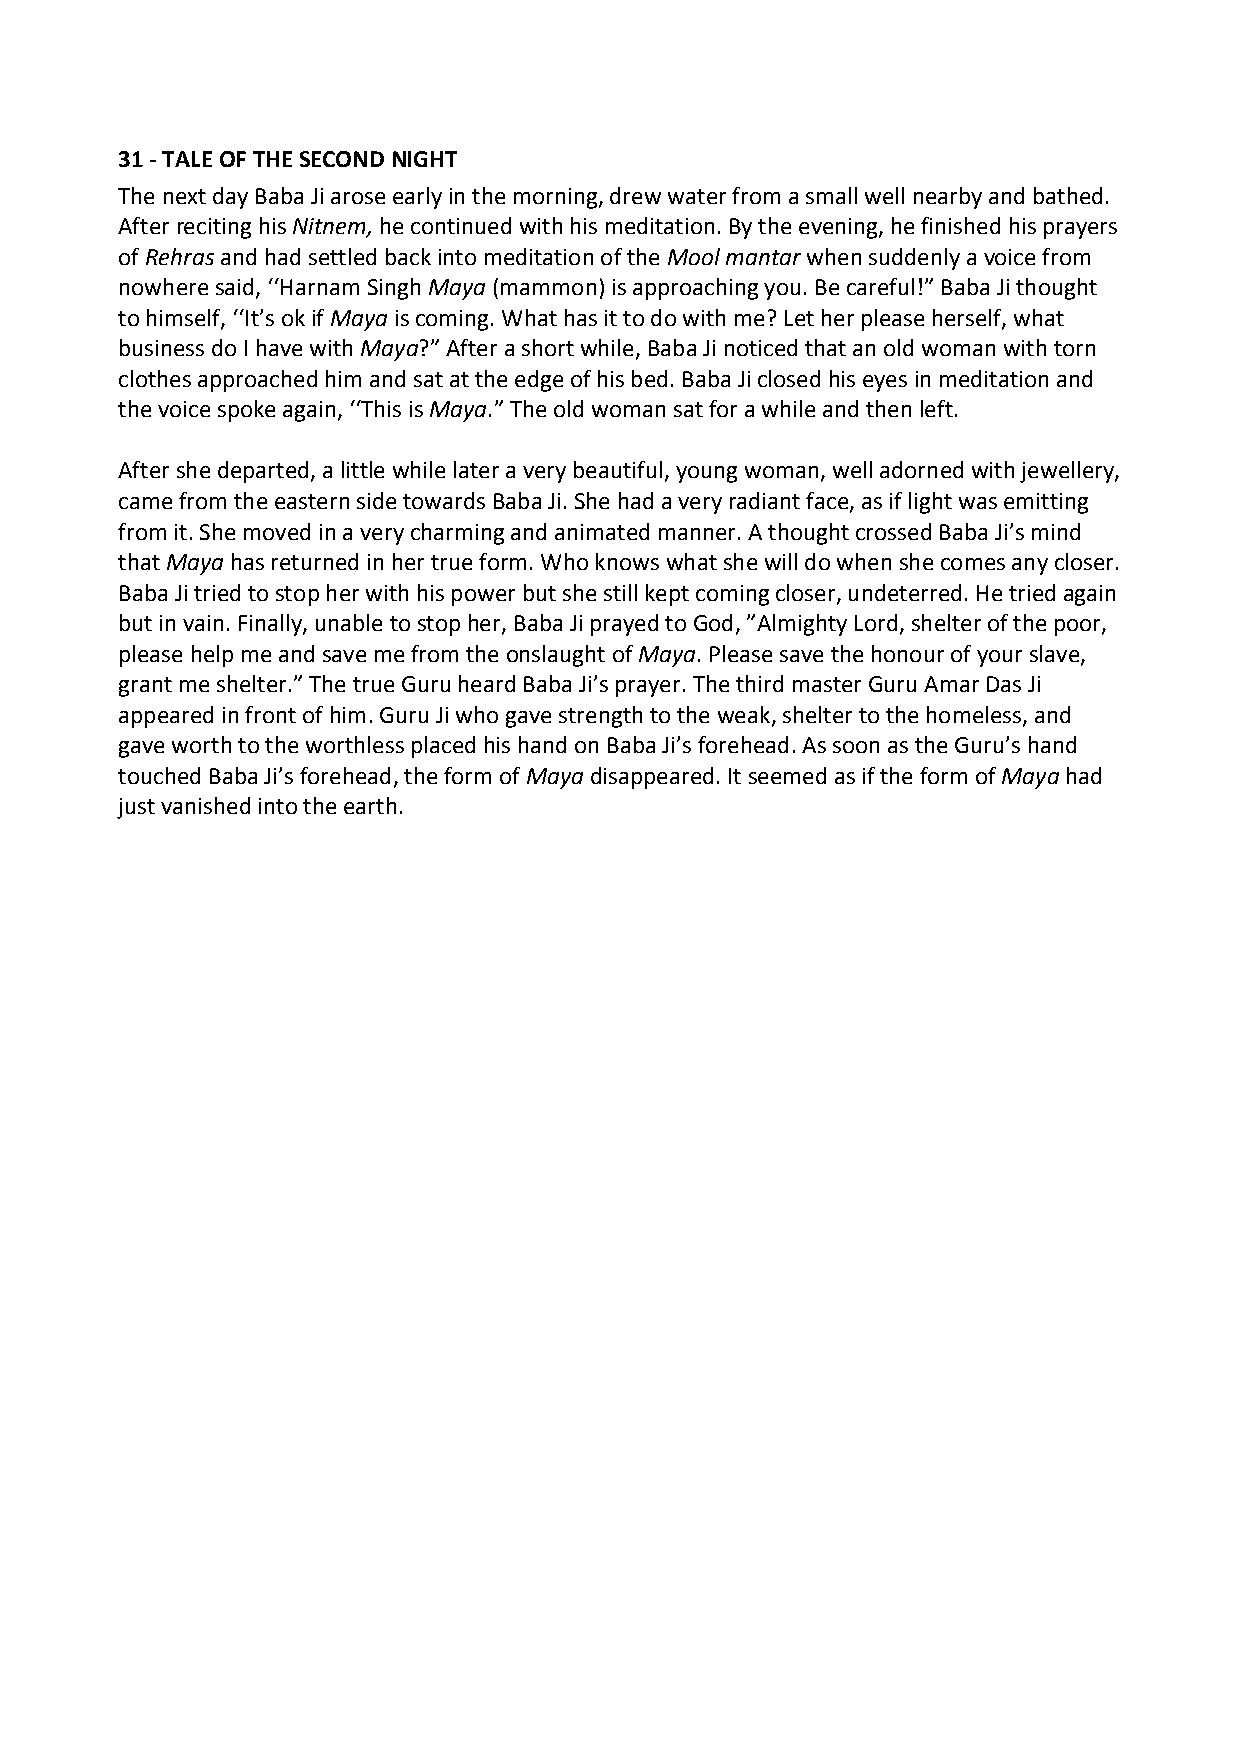
31 ‐ TALE OF THE SECOND NIGHT
 The next day Baba Ji arose early in the morning, drew water from a small well nearby and bathed.
 After reciting his Nitnem, he continued with his meditation. By the evening, he finished his prayers
 of Rehras and had settled back into meditation of the Mool mantar when suddenly a voice from
 nowhere said, ‘‘Harnam Singh Maya (mammon) is approaching you. Be careful!” Baba Ji thought
 to himself, ‘‘It’s ok if Maya is coming. What has it to do with me? Let her please herself, what
 business do I have with Maya?” After a short while, Baba Ji noticed that an old woman with torn
 clothes approached him and sat at the edge of his bed. Baba Ji closed his eyes in meditation and
 the voice spoke again, ‘‘This is Maya.” The old woman sat for a while and then left.
 After she departed, a little while later a very beautiful, young woman, well adorned with jewellery,
 came from the eastern side towards Baba Ji. She had a very radiant face, as if light was emitting
 from it. She moved in a very charming and animated manner. A thought crossed Baba Ji’s mind
 that Maya has returned in her true form. Who knows what she will do when she comes any closer.
 Baba Ji tried to stop her with his power but she still kept coming closer, undeterred. He tried again
 but in vain. Finally, unable to stop her, Baba Ji prayed to God, ”Almighty Lord, shelter of the poor,
 please help me and save me from the onslaught of Maya. Please save the honour of your slave,
 grant me shelter.” The true Guru heard Baba Ji’s prayer. The third master Guru Amar Das Ji
 appeared in front of him. Guru Ji who gave strength to the weak, shelter to the homeless, and
 gave worth to the worthless placed his hand on Baba Ji’s forehead. As soon as the Guru’s hand
 touched Baba Ji’s forehead, the form of Maya disappeared. It seemed as if the form of Maya had
 just vanished into the earth.